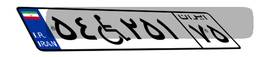
۵۴W۲۵۱۷۵